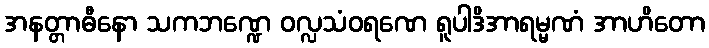
အနတ္တာဓီနော သကဘဏ္ဍေ ဝလ္လသံဝရဏေ ရူပါဒိအာရမ္မဏံ အာဟိတော